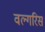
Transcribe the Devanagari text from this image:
वल्गरिस